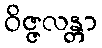
ဝိဇ္ဇလန္တာ